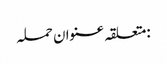
:متعلقہ عنوان حملہ